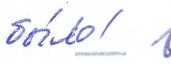
бы́ло /